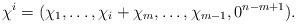
LaTeX: \begin{align*} \chi^i = (\chi_1, \dots, \chi_i + \chi_m, \dots, \chi_{m-1}, 0^{n-m+1}).\end{align*}